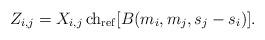
LaTeX: \begin{align*}Z_{i,j} = X_{i,j}\, {\rm ch}_{\rm ref}[B(m_i,m_j,s_j-s_i)].\end{align*}